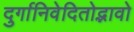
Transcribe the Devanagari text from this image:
दुर्गानिवेदितोद्भावो